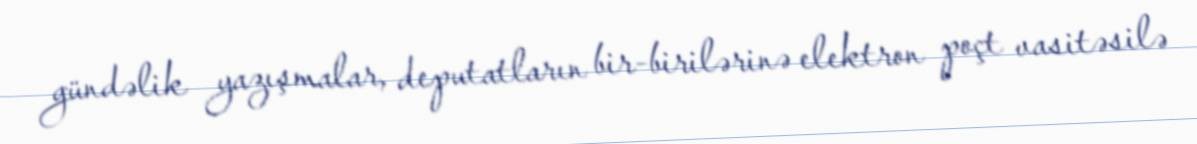
gündəlik yazışmalar, deputatların bir-birilərinə elektron poçt vasitəsilə